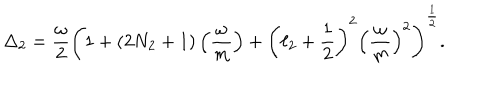
\Delta _ { 2 } = { \frac { \omega } { 2 } } \left( 1 + ( 2 N _ { 2 } + 1 ) \left( { \frac { \omega } { m } } \right) + \left( \ell _ { 2 } + { \frac { 1 } { 2 } } \right) ^ { 2 } \left( { \frac { \omega } { m } } \right) ^ { 2 } \right) ^ { { \frac { 1 } { 2 } } } .